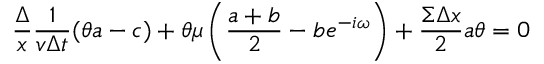
\frac { \Delta } { x } \frac { 1 } { v \Delta t } ( \theta a - c ) + \theta \mu \left( \frac { a + b } { 2 } - b e ^ { - i \omega } \right) + \frac { \Sigma \Delta x } { 2 } a \theta = 0